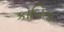
કોબિતા